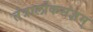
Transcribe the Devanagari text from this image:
तंत्रालोकसंज्ञम्